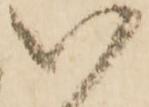
い